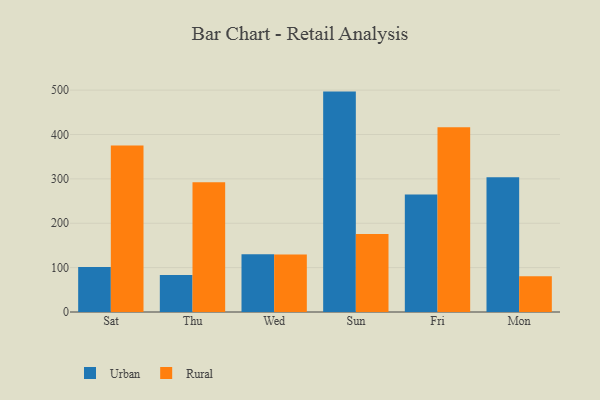
{"axis": {"x": "Day", "y": "Revenue (USD Million)"}, "legend": ["Rural", "Urban"], "data": [{"x": "Sat", "y": 101.5, "type": "Urban"}, {"x": "Sat", "y": 375.4, "type": "Rural"}, {"x": "Thu", "y": 83.5, "type": "Urban"}, {"x": "Thu", "y": 292.2, "type": "Rural"}, {"x": "Wed", "y": 130.4, "type": "Urban"}, {"x": "Wed", "y": 129.8, "type": "Rural"}, {"x": "Sun", "y": 496.7, "type": "Urban"}, {"x": "Sun", "y": 175.7, "type": "Rural"}, {"x": "Fri", "y": 264.8, "type": "Urban"}, {"x": "Fri", "y": 416.1, "type": "Rural"}, {"x": "Mon", "y": 303.4, "type": "Urban"}, {"x": "Mon", "y": 80.7, "type": "Rural"}]}